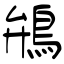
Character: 鴘